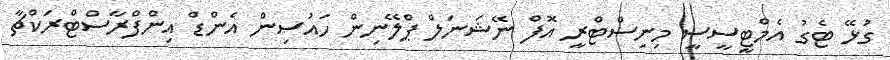
ގުޅޭ ޓެގު އެމްޓީސީސީ މިނިސްޓްރީ އޮފް ނޭޝަނަލް ޕްލޭނިން ހައުސިން އެންޑް އިންފްރާސްޓްރަކްޗާ